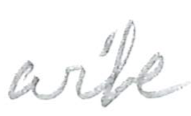
Text: wife
Cross-out: clean
Writing tool: pencil